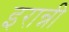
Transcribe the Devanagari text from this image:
इरान्नी